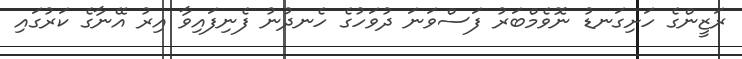
ރަޒީންގެ ހަށިގަނޑު ނޮވެމްބަރު ފަސްވަނަ ދުވަހުގެ ހެނދުނު ފެނިފައިވާ އިރު އޭނާގެ ކަރުގައި